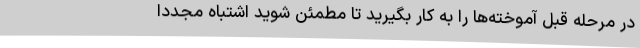
در مرحله قبل آموخته‌ها را به کار بگیرید تا مطمئن شوید اشتباه مجددا